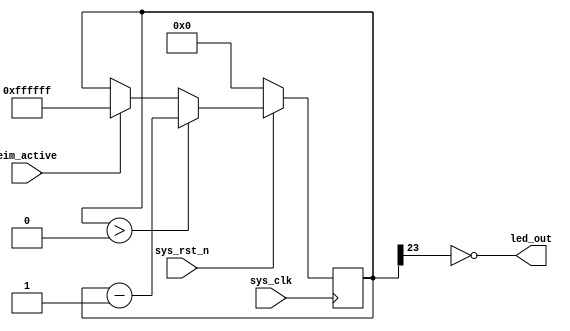
//======================================================================
//
// eim_indicator.v
// ---------------
// A simple LED indicator to show that the EIM is alive.
//
//
// Copyright (c) 2015, NORDUnet A/S All rights reserved.
//
// Redistribution and use in source and binary forms, with or without
// modification, are permitted provided that the following conditions
// are met:
// - Redistributions of source code must retain the above copyright
//   notice, this list of conditions and the following disclaimer.
//
// - Redistributions in binary form must reproduce the above copyright
//   notice, this list of conditions and the following disclaimer in the
//   documentation and/or other materials provided with the distribution.
//
// - Neither the name of the NORDUnet nor the names of its contributors may
//   be used to endorse or promote products derived from this software
//   without specific prior written permission.
//
// THIS SOFTWARE IS PROVIDED BY THE COPYRIGHT HOLDERS AND CONTRIBUTORS "AS
// IS" AND ANY EXPRESS OR IMPLIED WARRANTIES, INCLUDING, BUT NOT LIMITED
// TO, THE IMPLIED WARRANTIES OF MERCHANTABILITY AND FITNESS FOR A
// PARTICULAR PURPOSE ARE DISCLAIMED. IN NO EVENT SHALL THE COPYRIGHT
// HOLDER OR CONTRIBUTORS BE LIABLE FOR ANY DIRECT, INDIRECT, INCIDENTAL,
// SPECIAL, EXEMPLARY, OR CONSEQUENTIAL DAMAGES (INCLUDING, BUT NOT LIMITED
// TO, PROCUREMENT OF SUBSTITUTE GOODS OR SERVICES; LOSS OF USE, DATA, OR
// PROFITS; OR BUSINESS INTERRUPTION) HOWEVER CAUSED AND ON ANY THEORY OF
// LIABILITY, WHETHER IN CONTRACT, STRICT LIABILITY, OR TORT (INCLUDING
// NEGLIGENCE OR OTHERWISE) ARISING IN ANY WAY OUT OF THE USE OF THIS
// SOFTWARE, EVEN IF ADVISED OF THE POSSIBILITY OF SUCH DAMAGE.
//
//======================================================================

module eim_indicator
  (
   input wire  sys_clk,
   input wire  sys_rst_n,
   input wire  eim_active,
   output wire led_out
   );

   //
   // Parameters
   //
   localparam   CNT_BITS                = 24;   // led will be dim for 2**(24-1) = 8388608 ticks, which is ~100 ms @ 80 MHz.

   //
   // Counter
   //
   reg [CNT_BITS-1:0] cnt;

   always @(posedge sys_clk)
     //
     if (!sys_rst_n)                    cnt <= {CNT_BITS{1'b0}};
     else if (cnt > {CNT_BITS{1'b0}})   cnt <= cnt - 1'b1;
     else if (eim_active)               cnt <= {CNT_BITS{1'b1}};

   assign led_out = ~cnt[CNT_BITS-1];

endmodule

//======================================================================
// EOF eim_indicator.v
//======================================================================